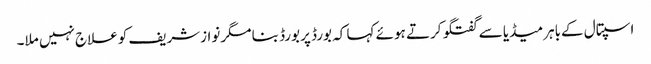
اسپتال کےباہرمیڈیا سے گفتگو کرتے ہوئے کہا کہ بورڈ پربورڈ بنا مگرنوازشریف کوعلاج نہیں ملا۔